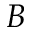
B